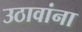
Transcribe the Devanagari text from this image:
उठावांना